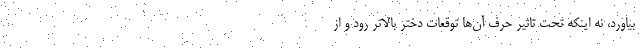
بیاورد، نه اینکه تحت تاثیر حرف آن‌ها توقعات دختر بالاتر رود و از